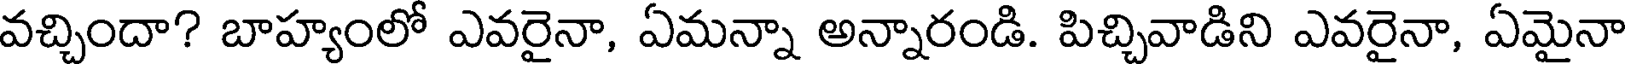
వచ్చిందా? బాహ్యంలో ఎవరైనా, ఏమన్నా అన్నారండి. పిచ్చివాడిని ఎవరైనా, ఏమైనా